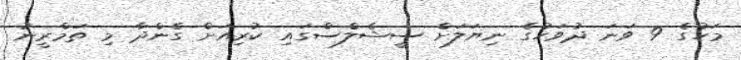
މަހުގެ 9 ވަނަ ދުވަހުގެ ނިޔަލަށް ސީޝެލްސްގައި ކުރިއަށް ގެންދާ މި ތަމްރީނު